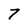
Character: 7